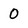
Character: 0